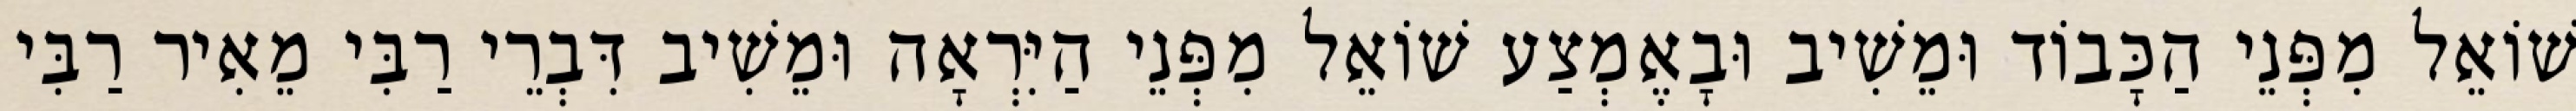
שׁוֹאֵל מִפְּנֵי הַכָּבוֹד וּמֵשִׁיב וּבָאֶמְצַע שׁוֹאֵל מִפְּנֵי הַיִּרְאָה וּמֵשִׁיב דִּבְרֵי רַבִּי מֵאִיר רַבִּי